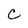
Character: C